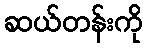
ဆယ်တန်းကို